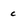
Character: c